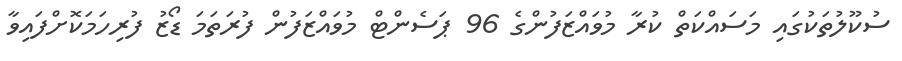
ސުކޫލުތަކުގައި މަސައްކަތް ކުރާ މުވައްޒަފުންގެ 96 ޕަސެންޓް މުވައްޒަފުން ފުރަތަމަ ޑޯޒު ފުރިހަމަކޮށްފައިވާ